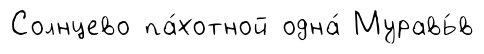
Солнцево па́хотной одна́ Муравь́в